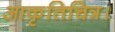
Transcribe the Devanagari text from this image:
आकृतिचित्र।